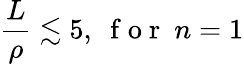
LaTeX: \frac{L}{\rho}\lesssim 5,\ \mathrm{~f~o~r~}\ n=1